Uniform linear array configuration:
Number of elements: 4
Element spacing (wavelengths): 1
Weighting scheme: hamming
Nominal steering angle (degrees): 45
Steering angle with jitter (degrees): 45.703
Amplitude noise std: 0.05
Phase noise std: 0.05

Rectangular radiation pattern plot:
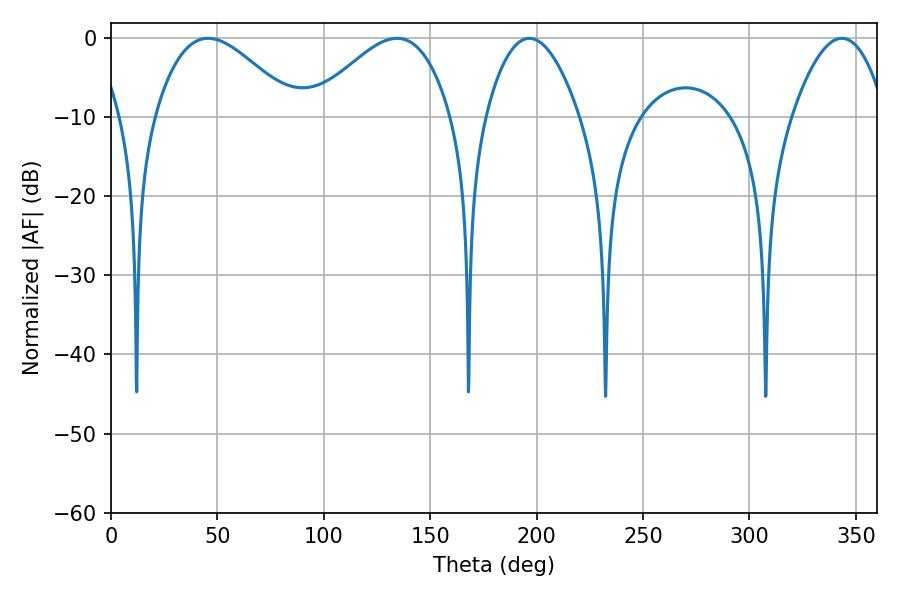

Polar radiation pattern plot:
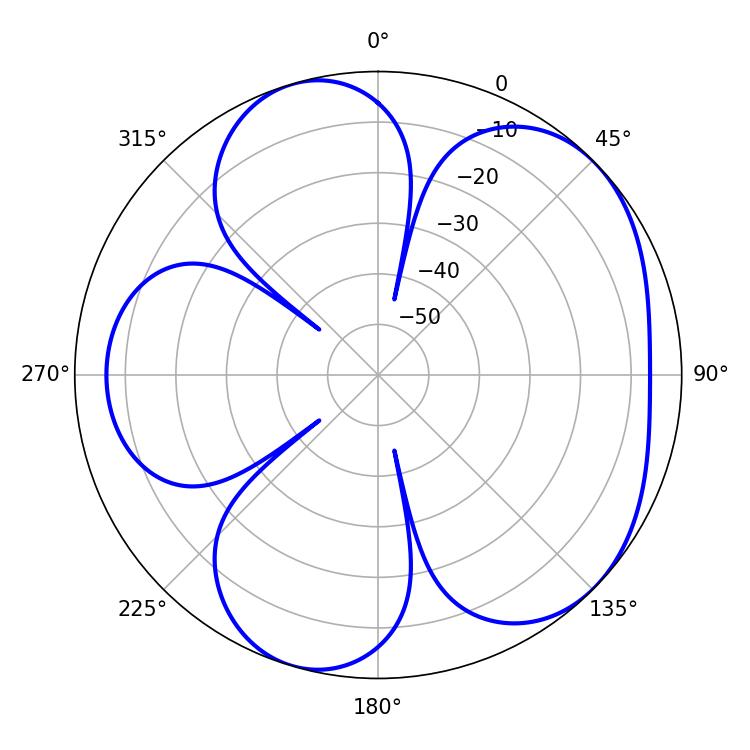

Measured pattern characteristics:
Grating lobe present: TRUE
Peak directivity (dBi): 5.151
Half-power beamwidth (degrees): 24.3
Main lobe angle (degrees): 196.56